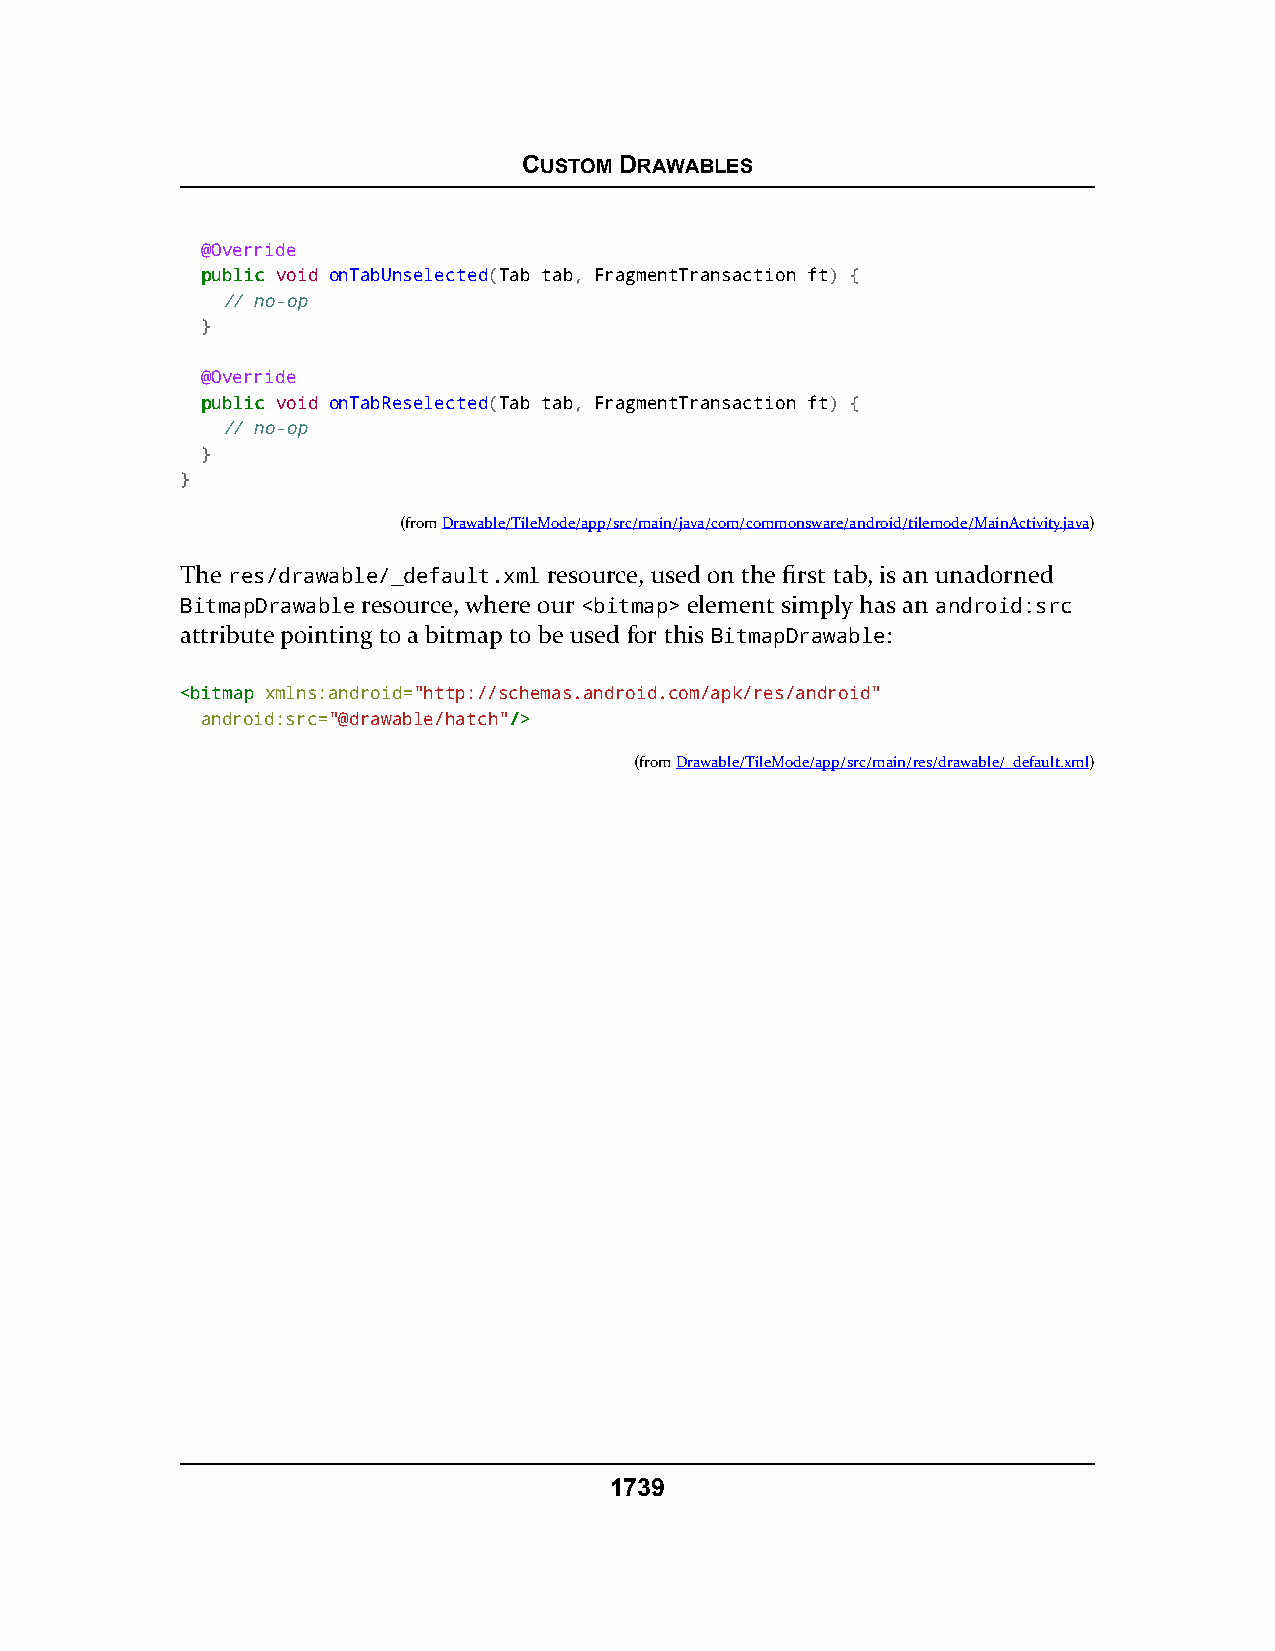
CUSTOM DRAWABLES
 @Override
 ppuubblliicc void onTabUnselected(Tab tab, FragmentTransaction ft) {
 // no-op
 }
 @Override
 ppuubblliicc void onTabReselected(Tab tab, FragmentTransaction ft) {
 // no-op
 }
 }
 (fromDrawable/TileMode/app/src/main/java/com/commonsware/android/tilemode/MainActivity.java)
 The res/drawable/_default.xml resource, used on the first tab, is an unadorned
 BitmapDrawable resource, where our <bitmap> element simply has an android:src
 attribute pointing to a bitmap to be used for this BitmapDrawable:
 <<bbiittmmaapp xmlns:android="http://schemas.android.com/apk/res/android"
 android:src="@drawable/hatch"//>>
 (fromDrawable/TileMode/app/src/main/res/drawable/_default.xml)
 1739